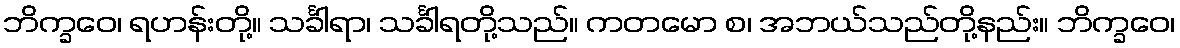
ဘိက္ခဝေ၊ ရဟန်းတို့။ သင်္ခါရာ၊ သင်္ခါရတို့သည်။ ကတမော စ၊ အဘယ်သည်တို့နည်း။ ဘိက္ခဝေ၊